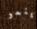
ينمو